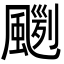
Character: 𩘛